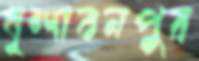
বৃন্দাবনপুর